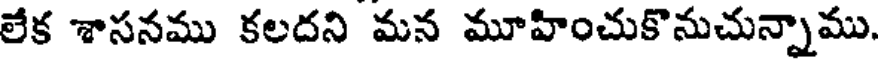
లేక శాసనము కలదని మన మూహించుకొనుచున్నాము.